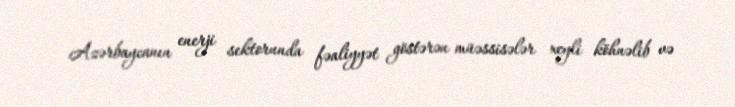
Azərbaycanın enerji sektorunda fəaliyyət göstərən müəssisələr xeyli köhnəlib və